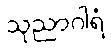
သုညာဂါရံ